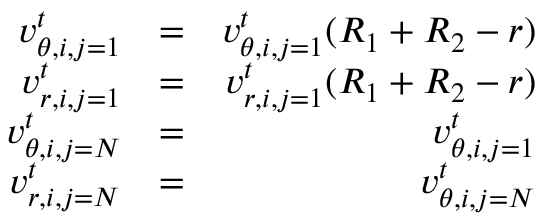
\begin{array} { r l r } { v _ { \theta , i , j = 1 } ^ { t } } & { = } & { v _ { \theta , i , j = 1 } ^ { t } ( R _ { 1 } + R _ { 2 } - r ) } \\ { v _ { r , i , j = 1 } ^ { t } } & { = } & { v _ { r , i , j = 1 } ^ { t } ( R _ { 1 } + R _ { 2 } - r ) } \\ { v _ { \theta , i , j = N } ^ { t } } & { = } & { v _ { \theta , i , j = 1 } ^ { t } } \\ { v _ { r , i , j = N } ^ { t } } & { = } & { v _ { \theta , i , j = N } ^ { t } } \end{array}